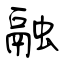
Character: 融